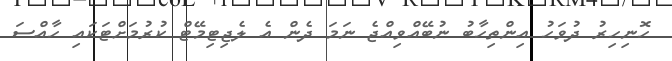
ހޮނިހިރު ދުވަހު އިންތިހާބު ނުބޭއްވިއްޖެ ނަމަ ދެން އެ ލެޖިޓިމޭޓް ކުރުމަށްޓަކައި ހާއްސަ